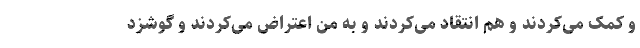
و کمک می‌کردند و هم انتقاد می‌کردند و به من اعتراض می‌کردند و گوشزد